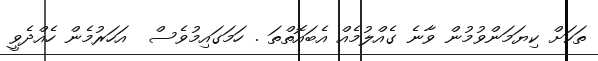
ތަކަށް ކިޔަމަންވުމުން ވާނެ ގެއްލުމެއް އެބައޮތްތަ . ހަމަގައިމުވެސް  އަހަރުމެން ހެއްދެވީ